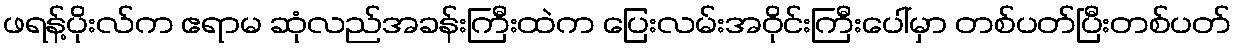
ဖရန့်ပိုးလ်က ဧရာမ ဆုံလည်အခန်းကြီးထဲက ပြေးလမ်းအဝိုင်းကြီးပေါ်မှာ တစ်ပတ်ပြီးတစ်ပတ်